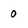
Character: 0